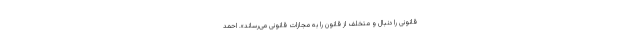
قانونی را دنبال و متخلف از قانون را به مجازات قانونی می‌رساند». احمد